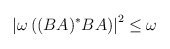
\begin{align*}\left| \omega \left( (BA)^{*}BA\right) \right| ^{2}\leq \omega\end{align*}